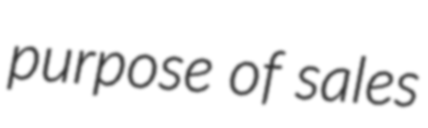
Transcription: purpose of sales